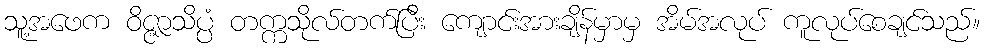
သူ့အဖေက ဝိဇ္ဇာသိပ္ပံ တက္ကသိုလ်တက်ပြီး ကျောင်းအားချိန်မှာမှ အိမ်အလုပ် ကူလုပ်စေချင်သည်။